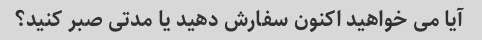
آیا می خواهید اکنون سفارش دهید یا مدتی صبر کنید؟